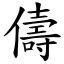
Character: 儔